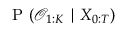
\mathrm { ~ P ~ } ( \mathcal { O } _ { 1 : K } \mid X _ { 0 : T } )